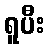
ရူပီး